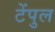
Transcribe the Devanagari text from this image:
टेंपुल